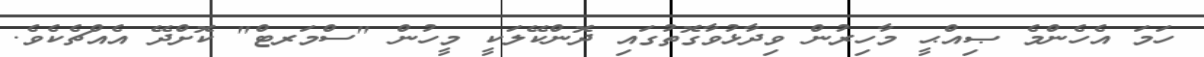
ހަމަ އެހެންމެ ޞިއްޙީ މާހިރުން ވިދާޅުވާގޮތުގައި ދޮންކޭލަކީ މީހުން "ސްމަރޓް" ކޮށްދޭ އެއްޗެކެވެ.